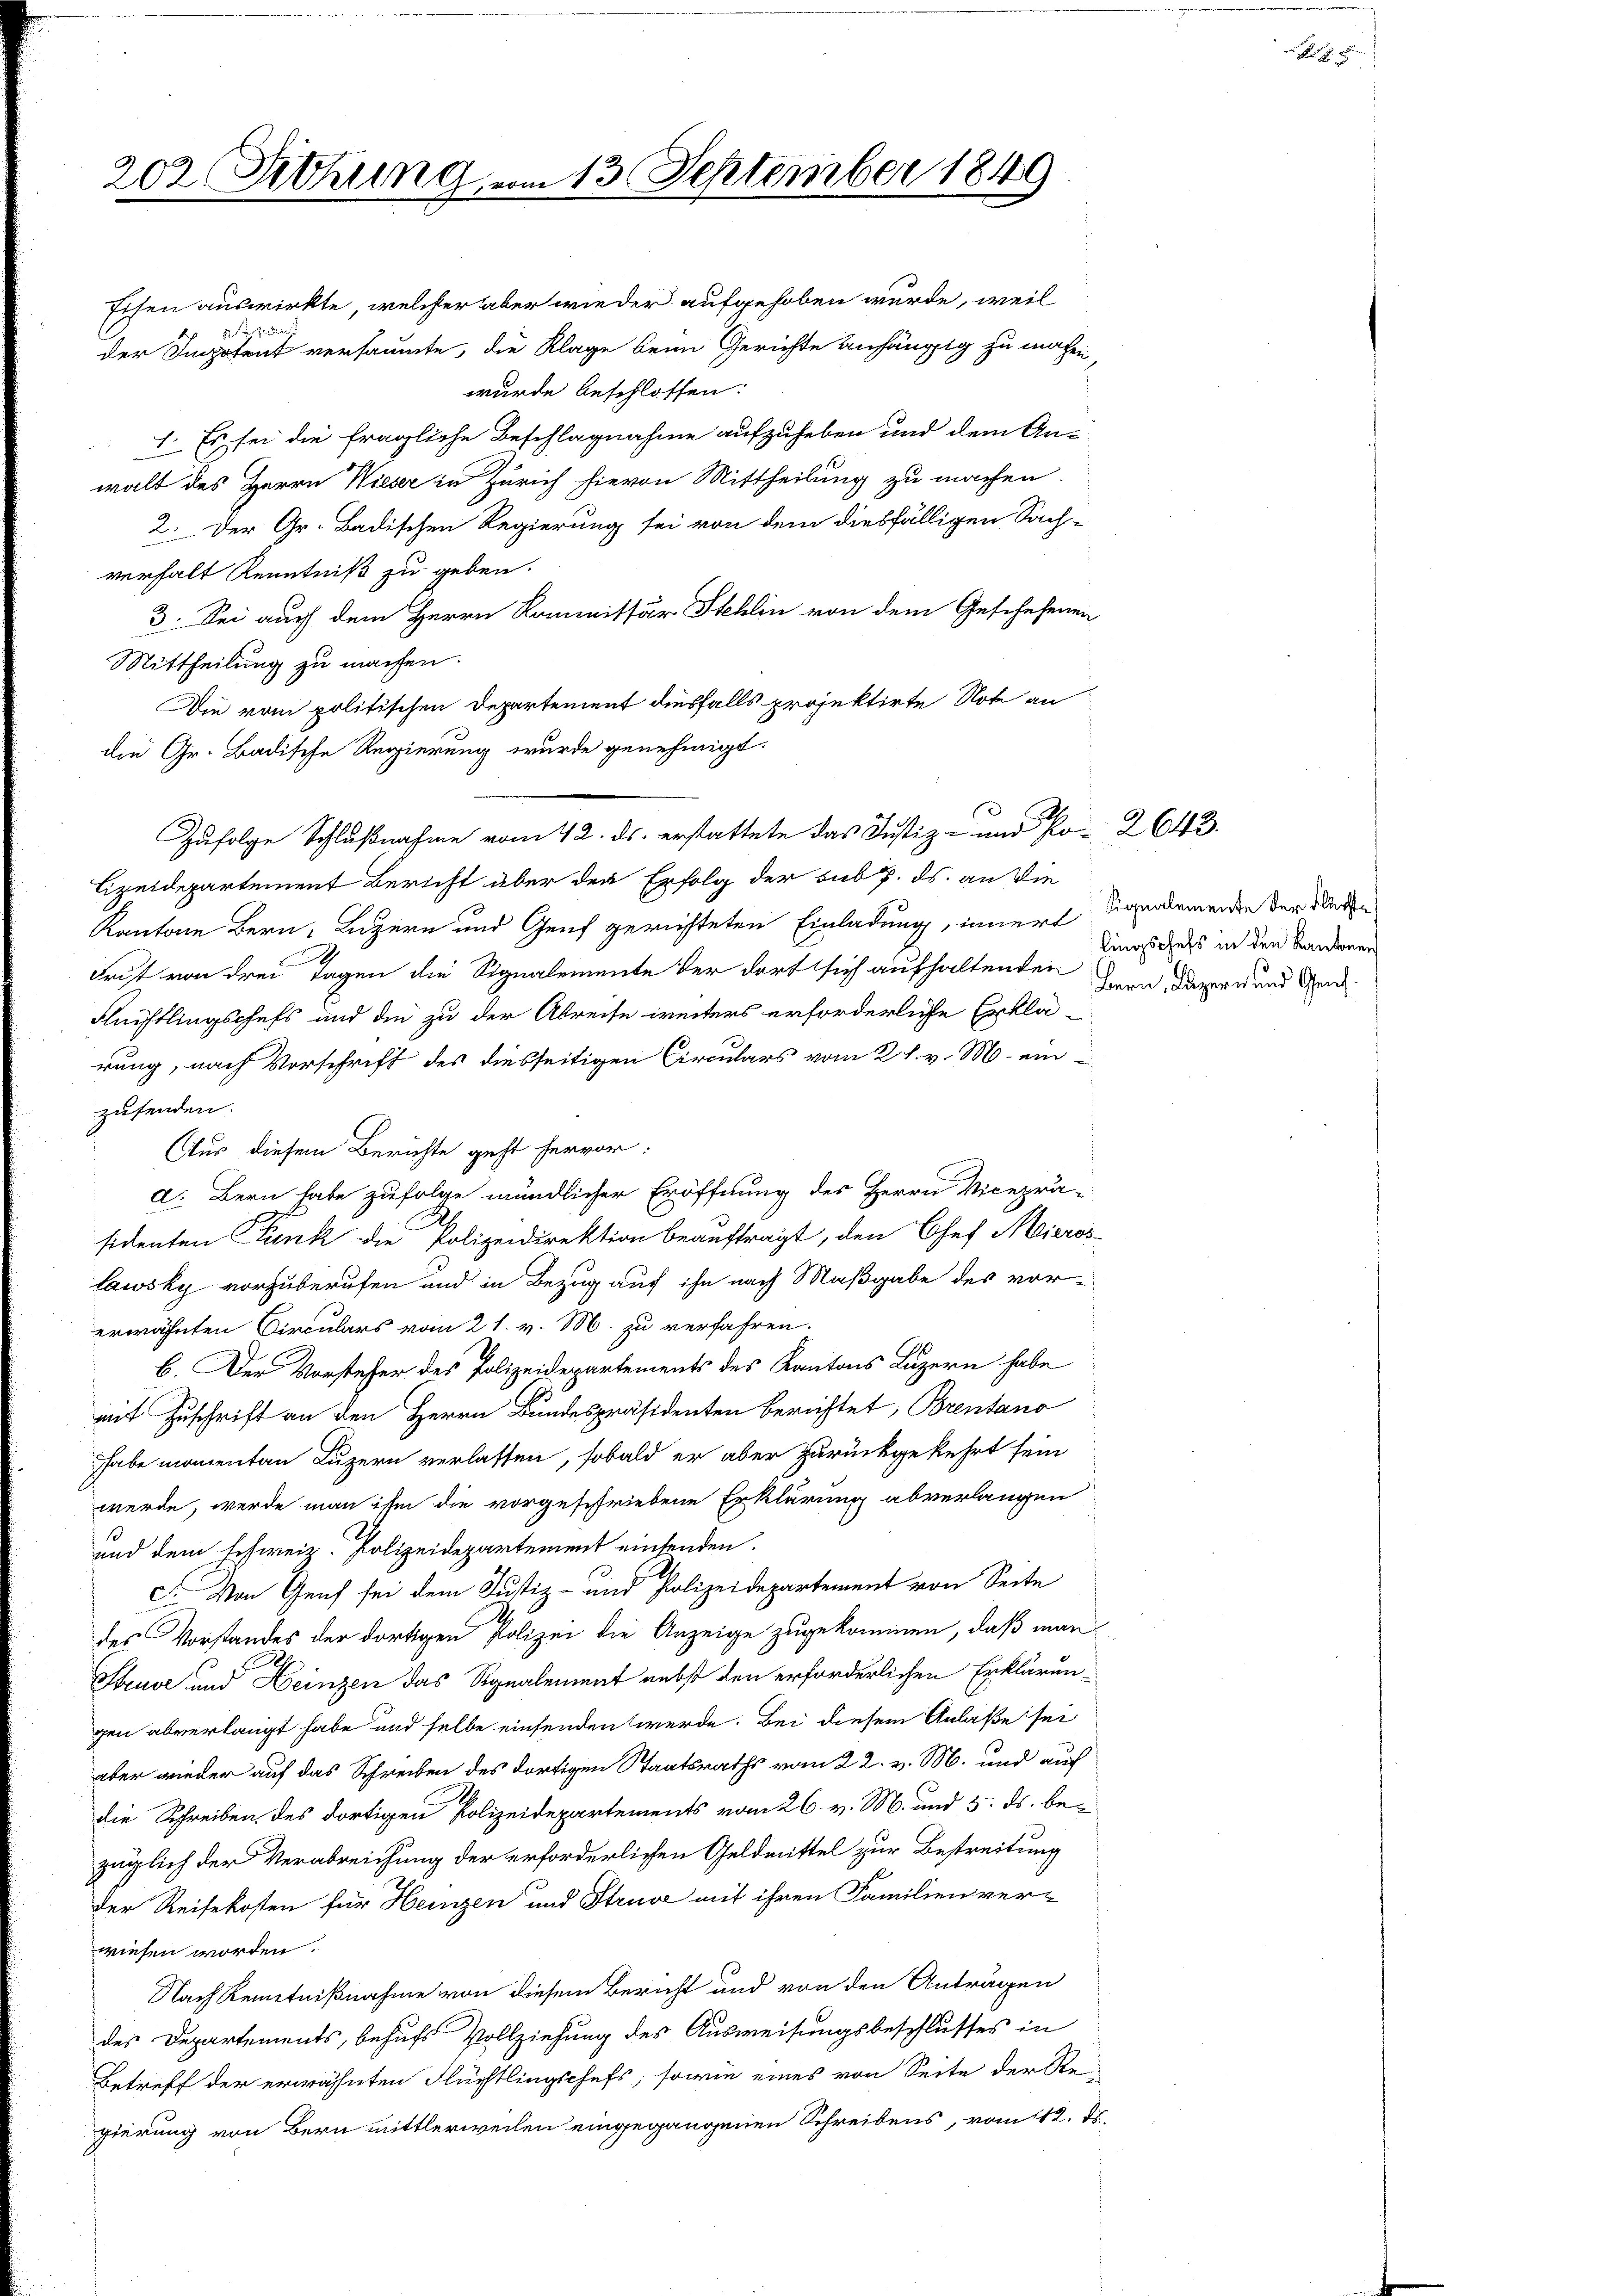
202. Siehung vom 13. September 1849

verhalt Kenntniß zu geben.
3. Sei auch dem Herrn Kommissär Stehlin von dem Geschehenen
Mittheilung zu machen.
Die vom politischen Departement diesfalls projektirte Note an
die Gr. Badische Regierung wurde genehmigt.
Zufolge Schlußnahme vom 12. ds. erstattete das Justiz- und Po-2643.
Lizeidepartement Bericht aber den Erfolg der sub 7. ds. an die
Kantone Bern, Luzern und Genf gerichteten Einladung, innert Signalemende der We
e
Frist von drei Tagen die Signalemente der dort sich aufhaltenden Grau dauern und Gen¬
Flüchtlingschefs und die zu der Abreise weiters erforderliche Erklärung, nach Vorschrift des diesseitigen Circulars vom 21. v. M. ein
zusenden.
Aus diesem Berichte geht hervor:
d. Bern habe zufolge mündlicher Eröffnung des Herrn Viceprä-
sidenten Funk die Polizeidirektion beauftragt, den Josef Meieroslawsky vorzuberufen und in Bezug auf ihn nach Maßgabe des vor-
erwähnten Circulars vom 21. v. M. zu verfahren.
b. Der Vorsteher des Polizeidepartements des Kantons Luzern habe
mit Zuschrift an den Herrn Bundespräsidenten berichtet, Brentano
habe momenten Luzern verlassen, sobald er aber zurückgekehrt sein
werde, werde man ihm die vorgeschriebene Erklärung abverlangen
und dem schweiz. Polizeidepartement einsenden.
. Von Genf sei dem Justiz- und Polizeidepartement von Seite
des Vorstandes der dortigen Polizei die Anzeige zugekommen, daß man
Steuve und Heinzen das Signalement nebst den erforderlichen Erklärungen abverlangt habe und selbe einsenden werde. Bei diesem Anlaße sei
aber wieder auf das Schreiben des dortigen Staatsraths vom 22. v. M. und auf
die Schreiben, des dortigen Polizeidepartements vom 26. v. M. und 5. ds. bezüglich der Verabreichung der erforderlichen Geldmittel zur Bestreitung
Der Reisekosten für Heinzen und Struv mit ihren Familien verwiesen worden.
Nach Kenntnißnahme von diesem Bericht und von den Anträgen
des Departements, behufs Vollziehung des Ausweisungsbeschlusses in
Betreff der erwähnten Flüchtlingschefs, sowie eines von Seite der Re-
gierung von Bern mittlerweilen eingegangenen Schreibens, vom 12. d.

Eisen auswirkte, welcher aber wieder aufgehoben wurde, weil
5 Predi
der Impotent versäumte, die Klage beim Gerichte anhängig zu machen
wurde beschlossen:
1. Es sei die fragliche Beschlagnahme aufzuheben und dem An-
walt des Herrn Wieser in Zürich hievon Mittheilung zu machen.
2. Der Gr. Badischen Regierung sei von dem diesfälligen Sach-

lingschefs in den Kantonen